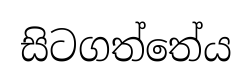
සිටගත්තේය